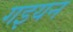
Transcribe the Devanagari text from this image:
गइयन